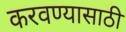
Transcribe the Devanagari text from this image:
करवण्यासाठी